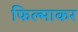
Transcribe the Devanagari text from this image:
फिल्माकर